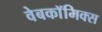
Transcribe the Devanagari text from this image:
वेबकाॅमिक्स